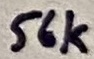
Text: 56k